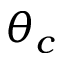
\theta _ { c }